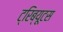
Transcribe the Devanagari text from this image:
ट्रिब्यूटस